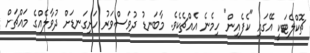
ޗޮކްލެޓަކީ އޭގައި "ކެފެއިން" ހިމެނެ އެއްޗެކެވެ. މާބަނޑު ދުވަސްވަރު ހަށިގަނޑަށް ދުވާލެއްގެ މައްޗަށް